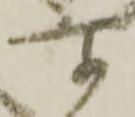
所